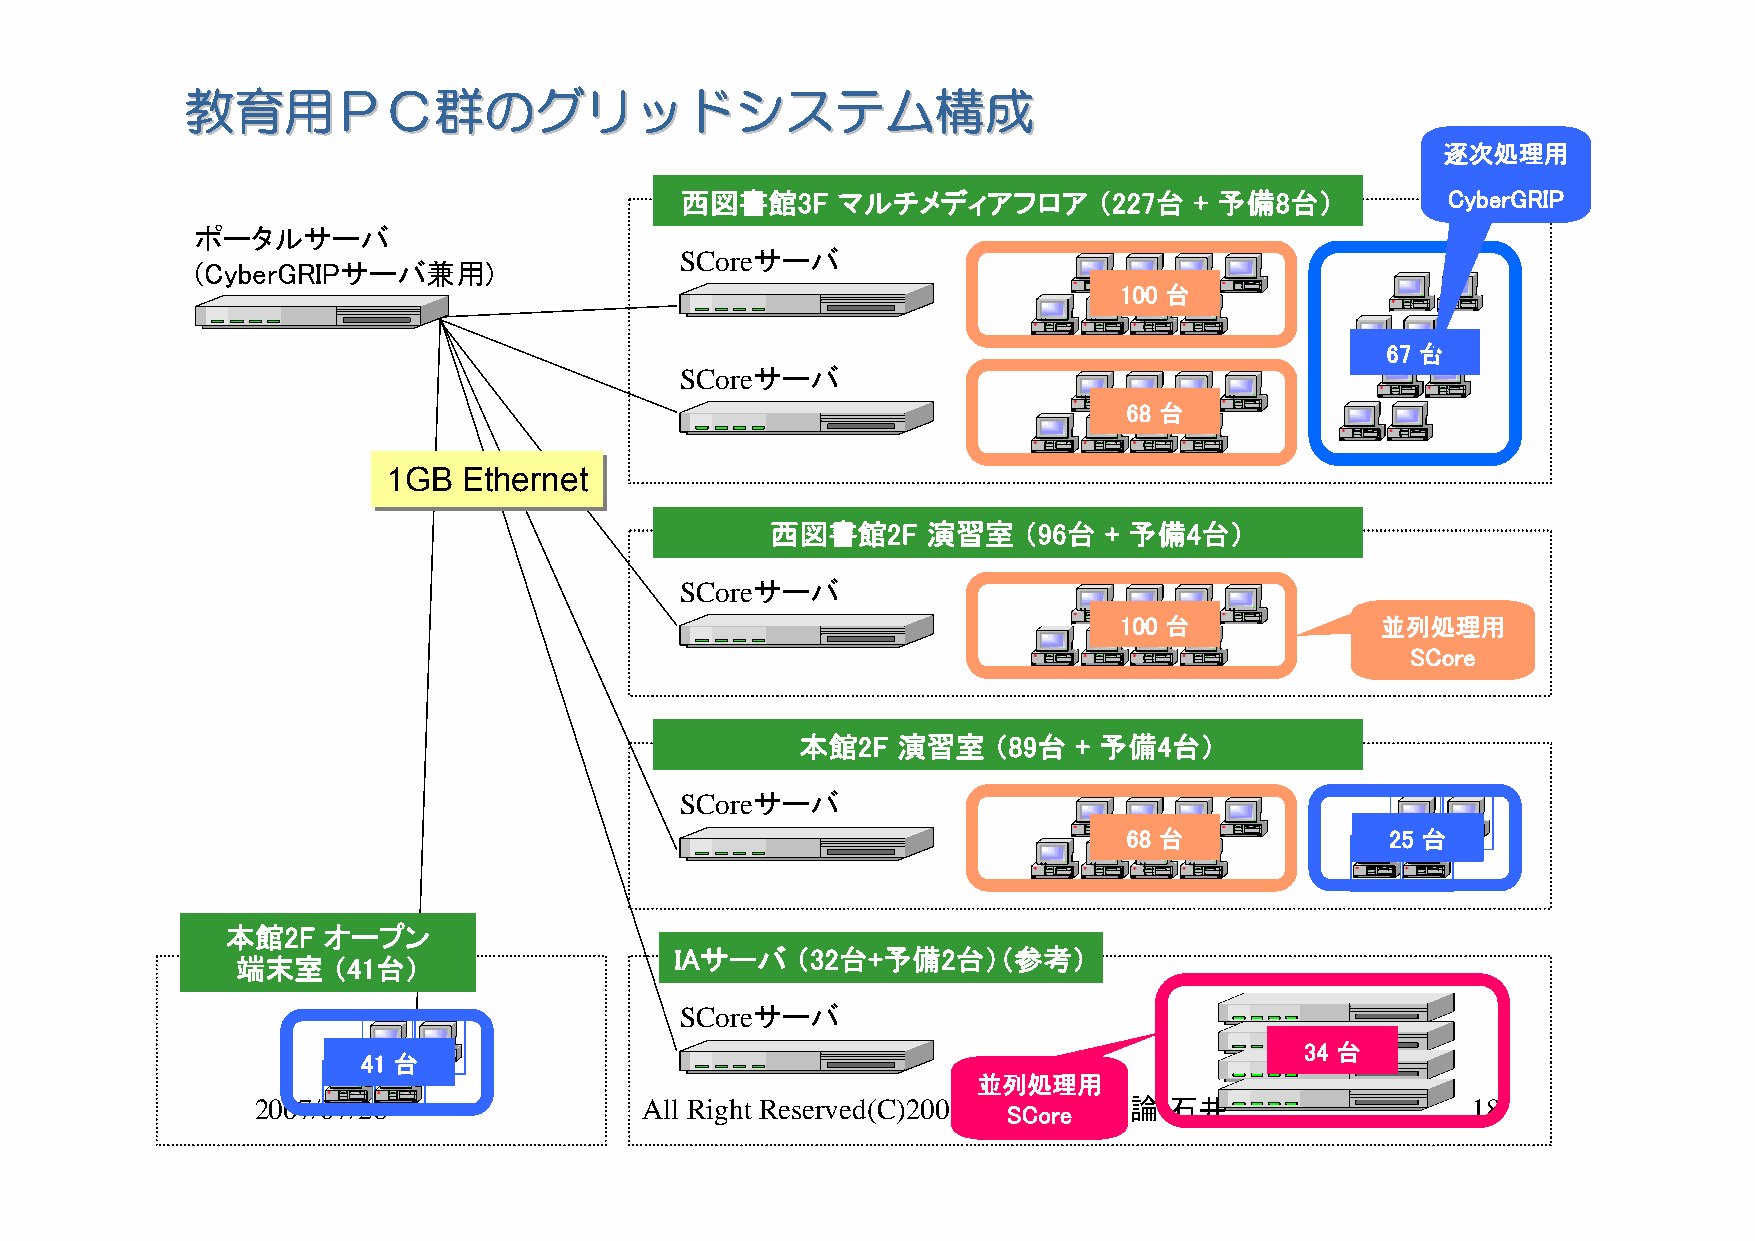
教教育育用用ＰＰＣＣ群群ののググリリッッドドシシスステテムム構構成成
 逐次処理用
 西図書館3F    マルチメディアフロア        （227台 + 予備8台）          CyberGRIP
 ポータルサーバ
 SCoreサーバ
 (CyberGRIPサーバ兼用)
 100 台
 67 台
 SCoreサーバ
 68 台
 11GGBB EEtthheerrnneett
 西図書館2F    演習室    （96台 + 予備4台）
 SCoreサーバ
 100 台            並列処理用
 SCore
 本館2F  演習室    （89台 + 予備4台）
 SCoreサーバ
 68 台             25 台
 本館2F  オープン
 IAサーバ   （32台+予備2台）（参考）
 端末室   （41台）
 SCoreサーバ
 34 台
 41 台
 並列処理用
 2007/07/26               All Right Reserved(C)2007情報 SCシ oス reテム論-石井            18